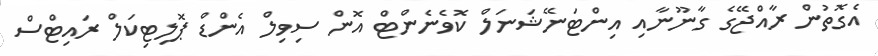
އެގޮތުން ރާއްޖޭގެ ގާނޫނާއި އިންޓަނޭޝަނަލް ކޮވެނެންޓް އޮން ސިވިލް އެންޑް ޕޮލިޓިކަލް ރައިޓްސް